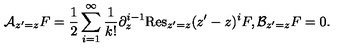
{ \cal A } _ { z ^ { \prime } = z } F = \frac { 1 } { 2 } \sum _ { i = 1 } ^ { \infty } \frac { 1 } { k ! } \partial _ { z } ^ { i - 1 } \mathrm { R e s } _ { z ^ { \prime } = z } ( z ^ { \prime } - z ) ^ { i } F , { \cal B } _ { z ^ { \prime } = z } F = 0 .